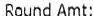
ROUND AMT: